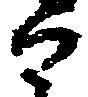
な